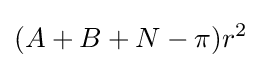
(A+B+N-\pi )r^{2}